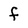
Character: f